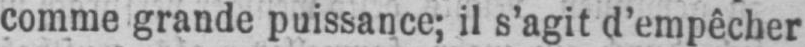
comme grande puissance; il s’agit d’empêcher